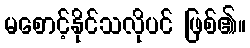
မစောင့်နိုင်သလိုပင် ဖြစ်၏။